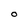
Character: O